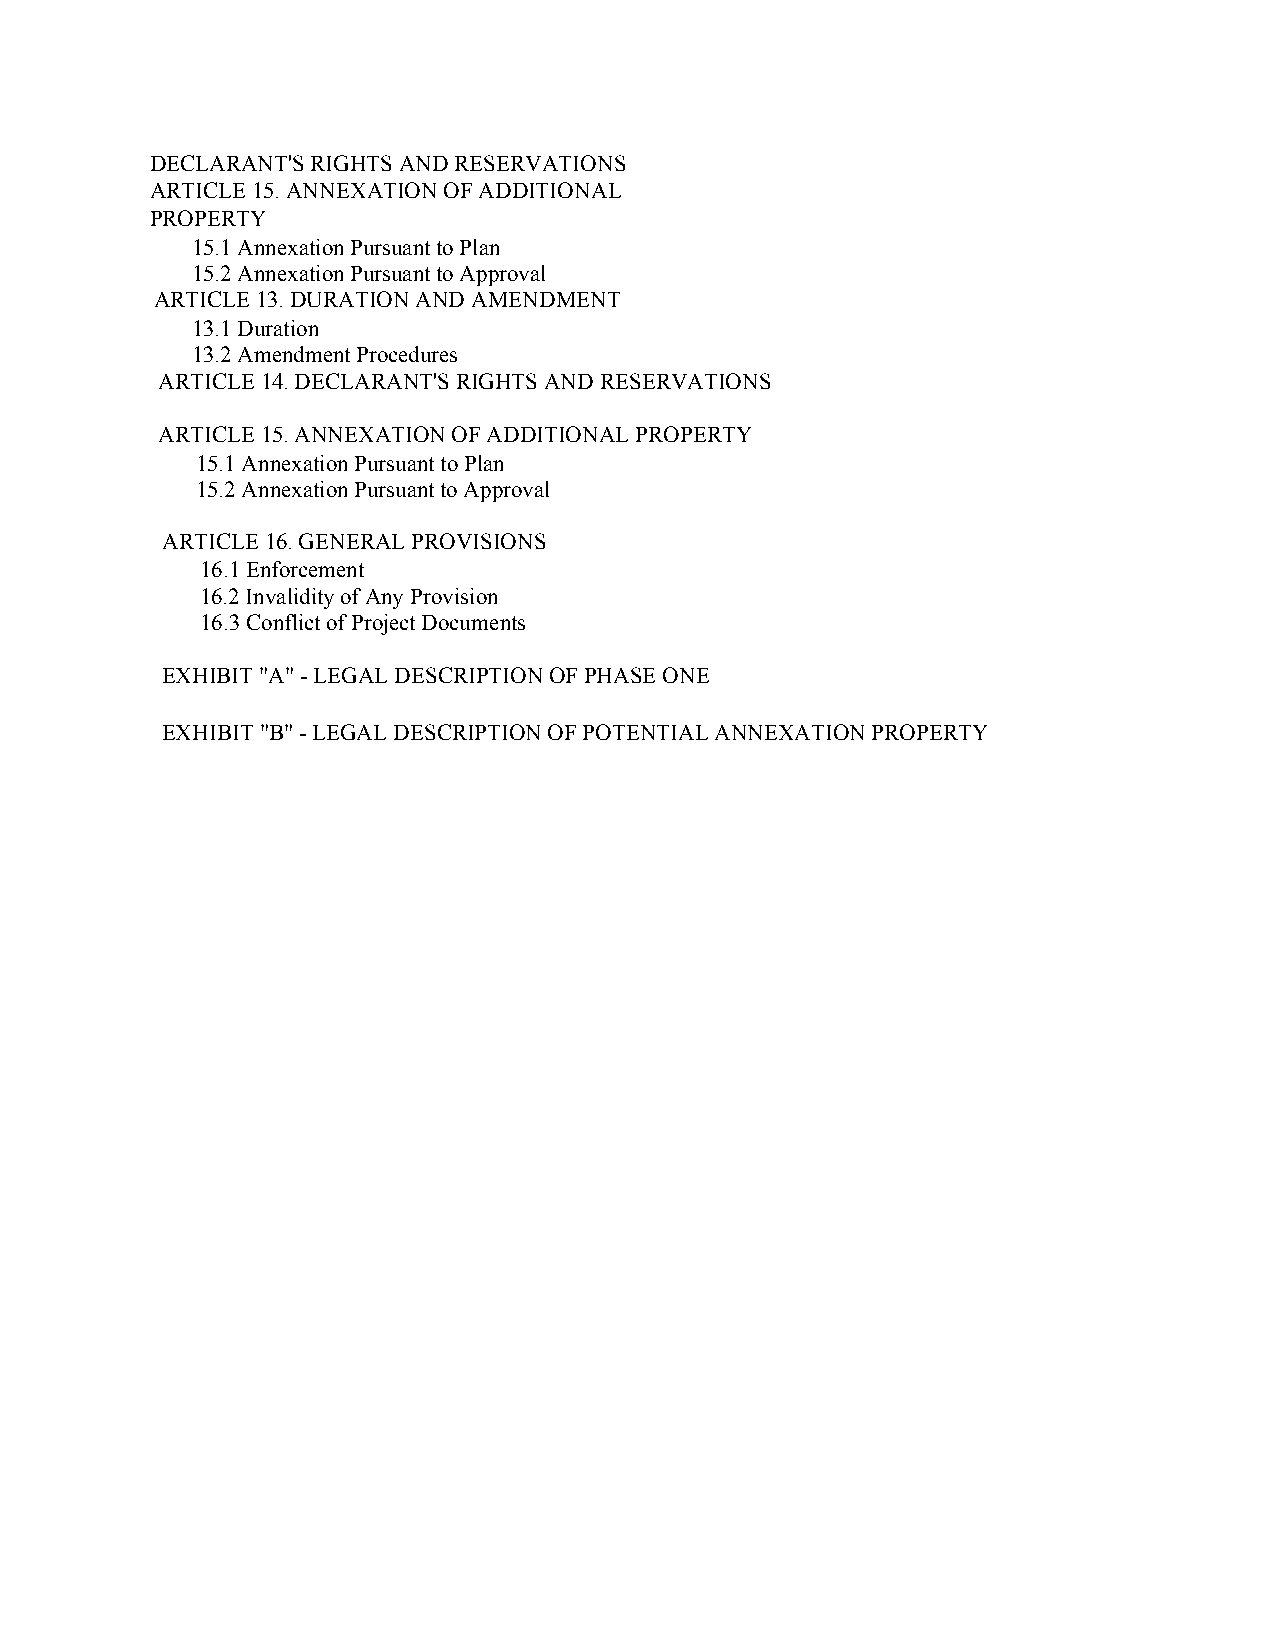
DECLARANT'S RIGHTS AND RESERVATIONS
 ARTICLE 15. ANNEXATION OF ADDITIONAL
 PROPERTY
 15.1 Annexation Pursuant to Plan
 15.2 Annexation Pursuant to Approval
 ARTICLE 13. DURATION AND AMENDMENT
 13.1 Duration
 13.2 Amendment Procedures
 ARTICLE 14. DECLARANT'S RIGHTS AND RESERVATIONS
 ARTICLE 15. ANNEXATION OF ADDITIONAL PROPERTY
 15.1 Annexation Pursuant to Plan
 15.2 Annexation Pursuant to Approval
 ARTICLE 16. GENERAL PROVISIONS
 16.1 Enforcement
 16.2 Invalidity of Any Provision
 16.3 Conflict of Project Documents
 EXHIBIT "A" - LEGAL DESCRIPTION OF PHASE ONE
 EXHIBIT "B" - LEGAL DESCRIPTION OF POTENTIAL ANNEXATION PROPERTY